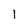
Character: 1